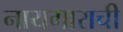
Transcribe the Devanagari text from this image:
नायगाराची